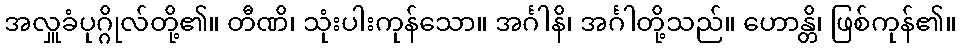
အလှူခံပုဂ္ဂိုလ်တို့၏။ တီဏိ၊ သုံးပါးကုန်သော။ အင်္ဂါနိ၊ အင်္ဂါတို့သည်။ ဟောန္တိ၊ ဖြစ်ကုန်၏။